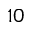
1 0